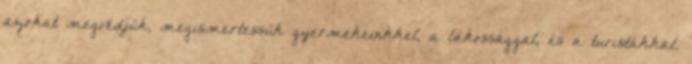
azokat megvédjük, megismertessük gyermekeinkkel, a lakossággal, és a turistákkal.